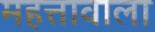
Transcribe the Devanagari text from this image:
महत्तावाला